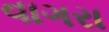
વાગરા